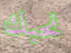
نحبك